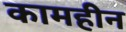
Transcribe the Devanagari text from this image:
कामहीन